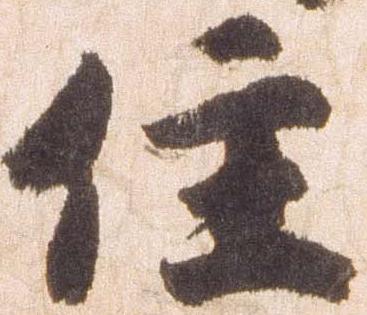
住